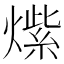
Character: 𱬒